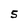
Character: S